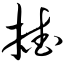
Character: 揸